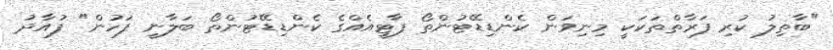
"ބާތިލު ކުރި ފަރާތްތަކަކީ މިނިވަން ކެންޑިޑޭޓުންތޯ ޕާޓީއެއްގެ ކެންޑިޑޭޓުންތޯ ބަލާނީ ފަހުން" ފުއާދު